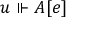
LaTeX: u \Vdash A [ e ]